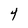
Character: 4